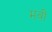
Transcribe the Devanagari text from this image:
मवीं